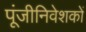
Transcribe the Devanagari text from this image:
पूंजीनिवेशकों